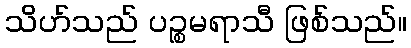
သိဟ်သည် ပဉ္စမရာသီ ဖြစ်သည်။